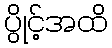
ပွိုင့်အထိ